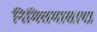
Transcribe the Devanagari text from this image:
निमित्तमासाद्य